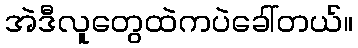
အဲဒီလူတွေထဲကပဲခေါ်တယ်။